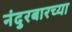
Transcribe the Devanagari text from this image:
नंदुरबारच्या